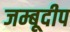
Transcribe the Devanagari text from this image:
जम्बूदीप